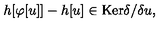
h [ \varphi [ u ] ] - h [ u ] \in \mathrm { K e r } \delta / \delta u ,